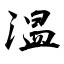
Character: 温